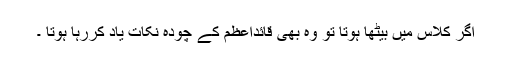
اگر کلاس میں بیٹھا ہوتا تو وہ بھی قائداعظم کے چودہ نکات یاد کررہا ہوتا ۔